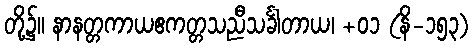
တို့၌။ နာနတ္တကာယဧကတ္တသညီသင်္ခါတာယ၊ +၀၁ (နိ-၁၅၃)